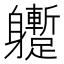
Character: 𨊝